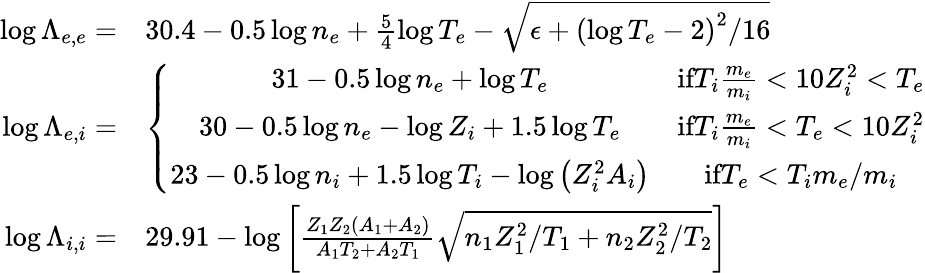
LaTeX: \begin{array}{rl}{\log\Lambda_{e,e}=}&{30.4-0.5\log n_{e}+\frac{5}{4}\log T_{e}-\sqrt{\epsilon+\left(\log T_{e}-2\right)^{2}/16}}\\ {\log\Lambda_{e,i}=}&{\left\{ \begin{array}{cc}{31-0.5\log n_{e}+\log T_{e}}&{\textrm{if}T_{i}\frac{m_{e}}{m_{i}}<10Z_{i}^{2}<T_{e}}\\ {30-0.5\log n_{e}-\log Z_{i}+1.5\log T_{e}}&{\textrm{if}T_{i}\frac{m_{e}}{m_{i}}<T_{e}<10Z_{i}^{2}}\\ {23-0.5\log n_{i}+1.5\log T_{i}-\log\left(Z_{i}^{2}A_{i}\right)}&{\textrm{if}T_{e}<T_{i}m_{e}/m_{i}}\end{array}\right.}\\ {\log\Lambda_{i,i}=}&{29.91-\log\left[\frac{Z_{1}Z_{2}\left(A_{1}+A_{2}\right)}{A_{1}T_{2}+A_{2}T_{1}}\sqrt{n_{1}Z_{1}^{2}/T_{1}+n_{2}Z_{2}^{2}/T_{2}}\right]}\end{array}